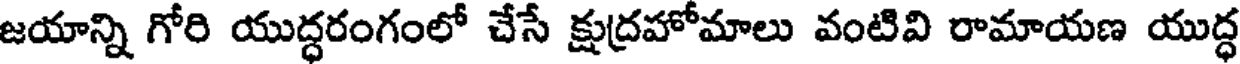
జయాన్ని గోరి యుద్ధరంగంలో చేసే క్షుద్రహోమాలు వంటివి రామాయణ యుద్ధ